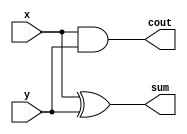
module half_adder (x,y,sum,cout);
input x,y;
output sum,cout;

assign sum = (x^y);

assign cout = (x & y);
  
endmodule